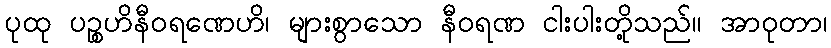
ပုထု ပဉ္စဟိနီဝရဏေဟိ၊ များစွာသော နီဝရဏ ငါးပါးတို့သည်။ အာဝုတာ၊